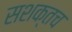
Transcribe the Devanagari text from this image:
सशक्तच